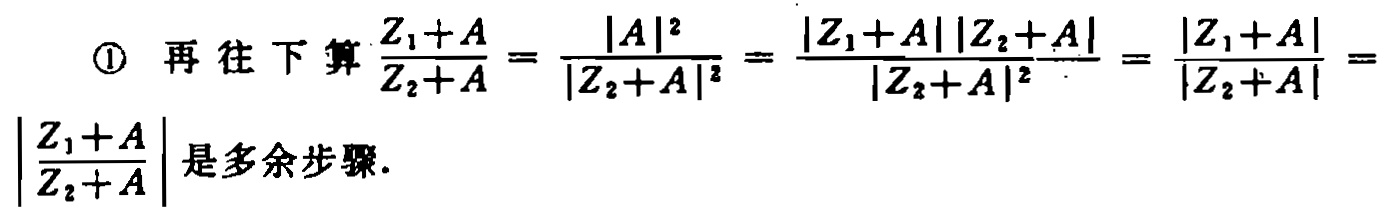
\textcircled{1} 再往下算$\frac{Z_{1}+A}{Z_{2}+A}=\frac{|A|^{2}}{|Z_{2}+A|^{2}}=\frac{|Z_{1}+A||Z_{2}+A|}{|Z_{2}+A|^{2}}=\frac{|Z_{1}+A|}{|Z_{2}+A|}=\left|\frac{Z_{1}+A}{Z_{2}+A}\right|$是多余步骤.